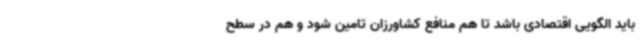
باید الگویی اقتصادی باشد تا هم منافع کشاورزان تامین شود و هم در سطح